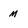
Character: m